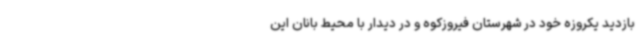
بازدید یکروزه خود در شهرستان فیروزکوه و در دیدار با محیط بانان این